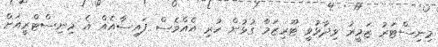
މިނިސްޓަރު ޒަމީރު ވިދާޅުވީ ޓޫރިޒަމާ ގުޅުން ހުރި އެއްވެސް ފައިސާއެއް އެ މިނިސްޓްރީއަށް